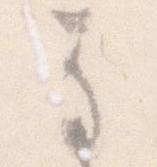
な